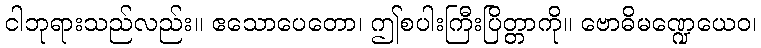
ငါဘုရားသည်လည်း။ ဧသောပေတော၊ ဤစပါးကြီးပြိတ္တာကို။ ဗောဓိမဏ္ဍေယေဝ၊